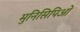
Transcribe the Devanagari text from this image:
मुनिसिपिओ